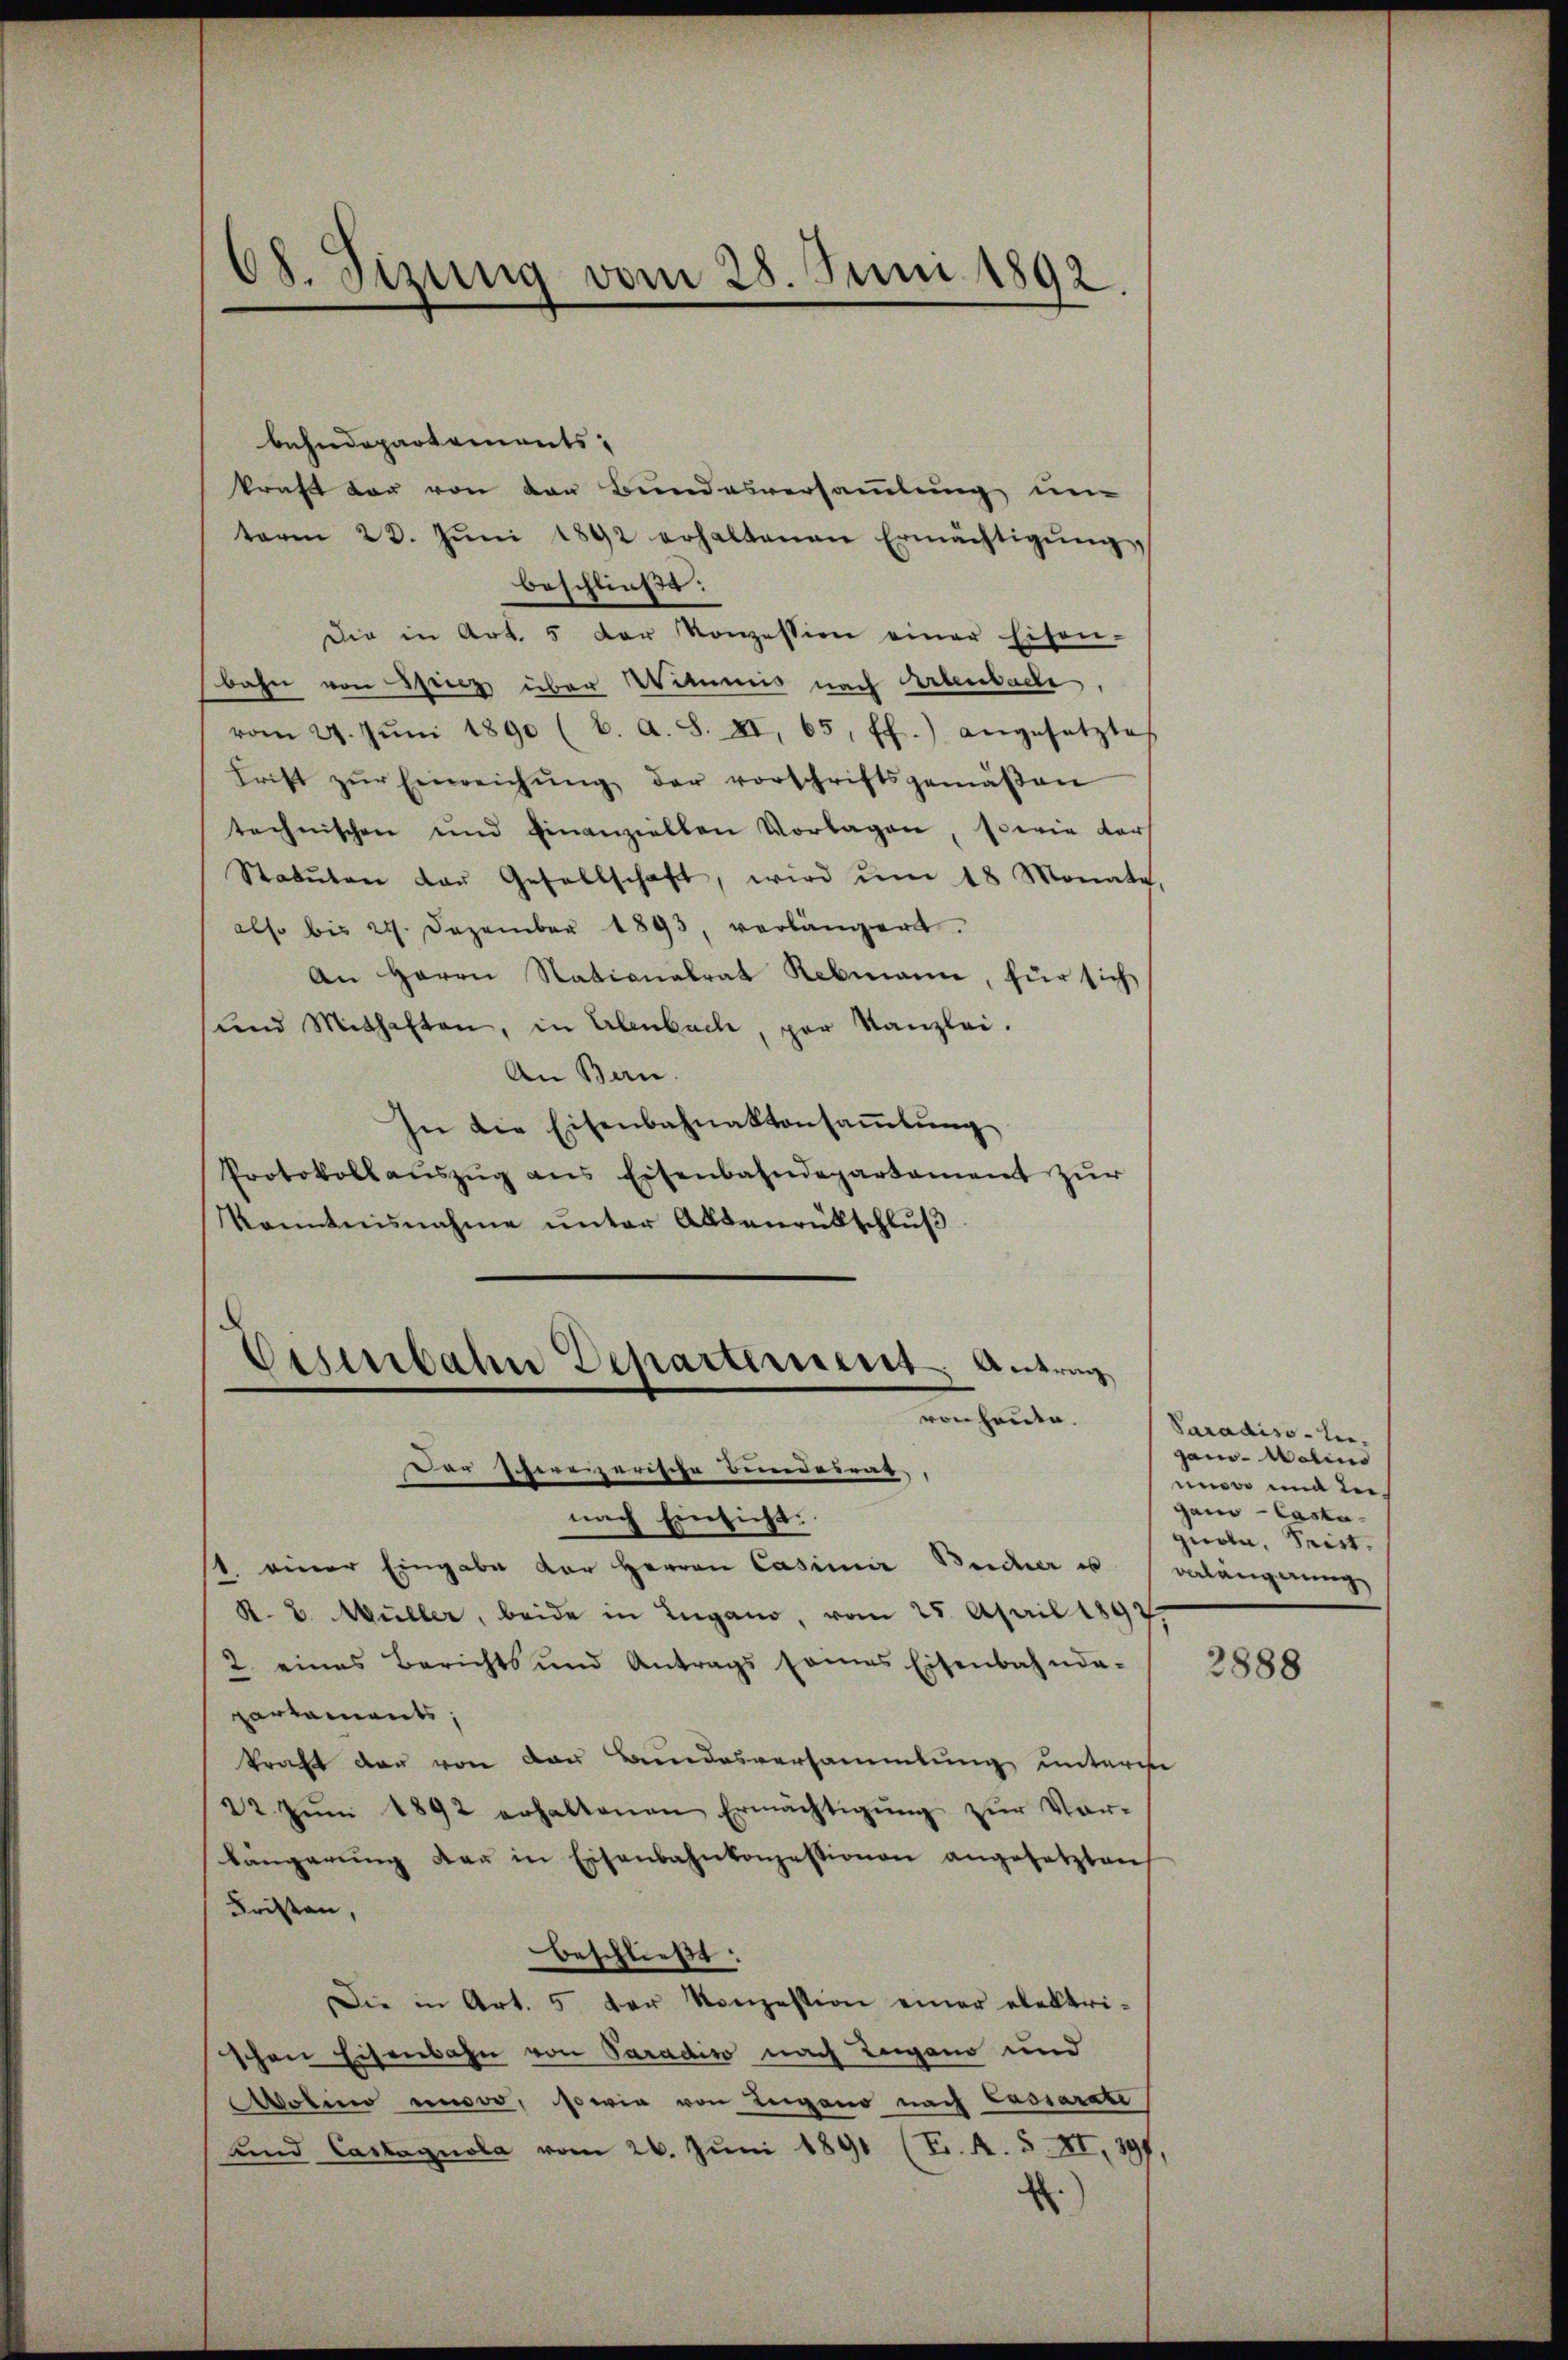
08. Sizung vom 28. Juni 1892.

bahndepartements,
kraft dar von der Bundesversammlung um
term 23. Jŭni 1892 erhaltenen Ermächtigŭng,
beschließt:
Die in Art. 5 der Konzession einer Eisen-
bahn von Sey über Witis nach Artenbach,
vom 21. Jŭni 1890 (6. a. S. XI, 65 ff.) angesetzte
Frist zŭr Einreichŭng der vorschriftsgemäβen
technischen und Finanziellen Vorlagen, sowie dars
Statuten der Gesellschaft, wird ŭm 18 Monate,
also bis 24. Dezember 1893, verlängert.
An Herrn Nationalrat Rebmann, für sich
und Mithaften, in Erlenbach, par Kanzlei.
An Ban
In die Eisenbahnaktensaṁlŭng
Protokollaŭszŭg ans Eisenbahndepartament zŭr
Kenntnisnahme unter Allsenrückschluß

Eisenbahn Departement
Antrag
von heute.

Der schereizerische Bunderrat,
nach Einsicht.
1. einer Eingabe der Herren Casimir Beicher u
K. 2. Müller, beide in Lugano, vom 25. April 1897.
2. eines Berichts und Antrags sames Eisenbahnda-
partaments,
kraft der von den Bundesversammlung unterm
22 Jŭm 1892 erhaltenen Ermächtigŭng zŭr Vor-
längerŭng der in Eisenbahnkonzessionen angesetzten
Fristen,
beschließt:
Die in Art. 5 der Konzession einer elektri-
schen Eisenbahn von Paradiso nach Lugano und
ole umsoo, sowie von Lugano nach Cassarate
unnd Castagnola vom 26. Juni 1891 (T. A. S. XI, 297.
.

Saradiso leigano-Wolina
mur mit der
gand Casta
gnola, Tritt.
valängerung

2888